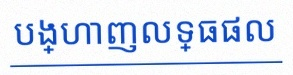
បង្ហាញលទ្ធផល